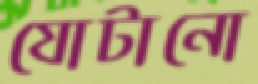
যোটানো